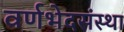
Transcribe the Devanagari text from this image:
वर्णभेदसंस्था